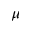
\mu